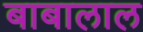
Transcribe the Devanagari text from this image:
बाबालाल